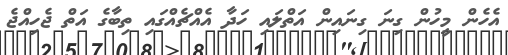
އެހެން މީހުން ގިނަ ގިނައިން އަތްލައި ހަދާ އެއްޗެއްގައި ތިބާގެ އަތް ޖެހިއްޖެ